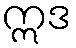
ဣဒ